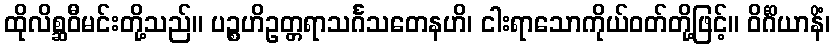
ထိုလိစ္ဆဝီမင်းတို့သည်။ ပဉ္စဟိဥတ္တရာသင်္ဂသတေနဟိ၊ ငါးရာသောကိုယ်ဝတ်တို့ဖြင့်။ ဝိင်္ဂိယာနိံ၊